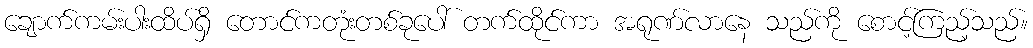
ချောက်ကမ်းပါးထိပ်ရှိ တောင်ကတုံးတစ်ခုပေါ် တက်ထိုင်ကာ အရုဏ်လာနေ သည်ကို စောင့်ကြည့်သည်။